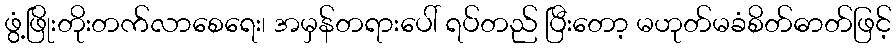
ဖွံ့ဖြိုးတိုးတက်လာစေရေး၊ အမှန်တရားပေါ် ရပ်တည် ပြီးတော့ မဟုတ်မခံစိတ်ဓာတ်ဖြင့်